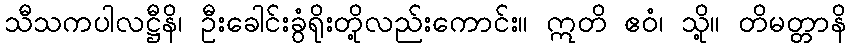
သီသကပါလဋ္ဌီနိ၊ ဦးခေါင်းခွံရိုးတို့လည်းကောင်း။ ဣတိ ဧဝံ၊ သို့။ တိမတ္တာနိ